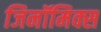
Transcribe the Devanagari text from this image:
जिनॉमिक्स